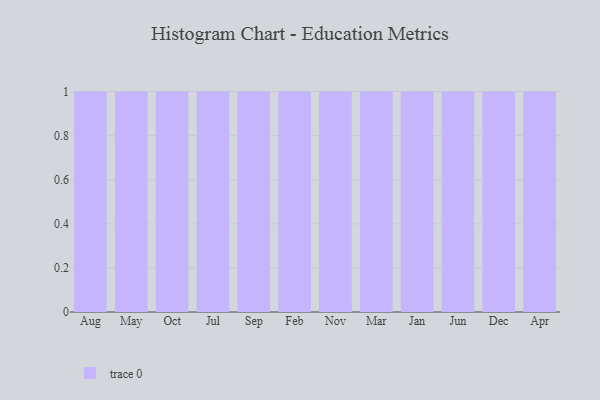
{"axis": {"x": "Month", "y": "Customer Acquisition Cost (USD)"}, "legend": [""], "data": [{"x": "Aug", "y": 46, "type": ""}, {"x": "May", "y": 97, "type": ""}, {"x": "Oct", "y": 73, "type": ""}, {"x": "Jul", "y": 72, "type": ""}, {"x": "Sep", "y": 80, "type": ""}, {"x": "Feb", "y": 41, "type": ""}, {"x": "Nov", "y": 50, "type": ""}, {"x": "Mar", "y": 16, "type": ""}, {"x": "Jan", "y": 5, "type": ""}, {"x": "Jun", "y": 52, "type": ""}, {"x": "Dec", "y": 22, "type": ""}, {"x": "Apr", "y": 79, "type": ""}]}